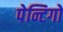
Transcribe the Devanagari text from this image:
पेन्टिगों